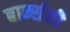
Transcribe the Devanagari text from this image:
बार्न्सनी